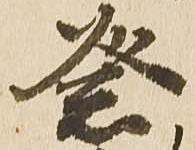
祭